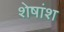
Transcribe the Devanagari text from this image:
शेषांश